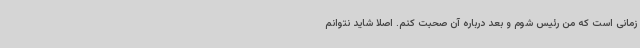
زمانی است که من رئیس شوم و بعد درباره آن صحبت کنم. اصلا شاید نتوانم